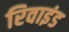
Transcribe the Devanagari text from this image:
रिवाइंड